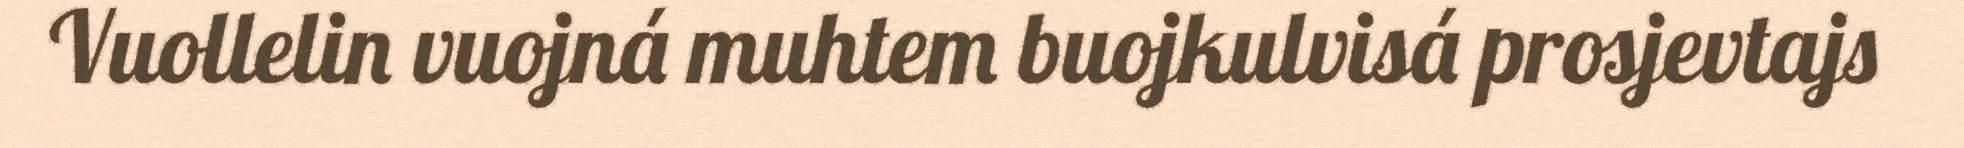
Vuollelin vuojná muhtem buojkulvisá prosjevtajs